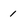
Character: 1